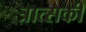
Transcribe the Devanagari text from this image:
त्रात्सकी